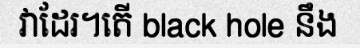
វាដែរ។តើ black hole នឹង